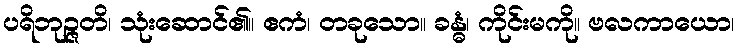
ပရိဘုဉ္ဇတိ၊ သုံးဆောင်၏။ ဧကံ၊ တခုသော။ ခန္ဓံ၊ ကိုင်းမကို။ ဗလကာယော၊